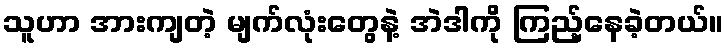
သူဟာ အားကျတဲ့ မျက်လုံးတွေနဲ့ အဲဒါကို ကြည့်နေခဲ့တယ်။